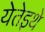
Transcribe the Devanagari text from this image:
येतेइथे